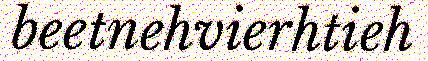
beetnehvierhtieh